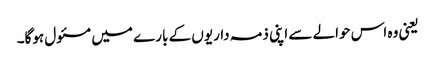
یعنی وہ اس حوالے سے اپنی ذمہ داریوں کے بارے میں مسئول ہوگا۔